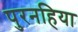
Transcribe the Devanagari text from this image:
पुरनहिया